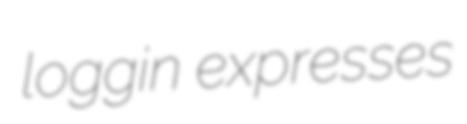
loggin expresses